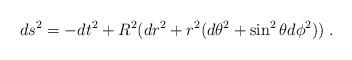
LaTeX: \begin{align*}d s^2 = - d t^2 + R^2 (d r^2 + r^2 (d \theta^2 + \sin^2 \theta d \phi^2)) \; .\end{align*}